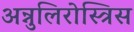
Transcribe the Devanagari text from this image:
अन्नुलिरोस्त्रिस